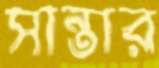
সান্তার